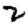
Digit: 2